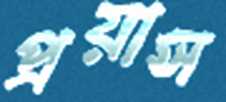
প্রয়াস